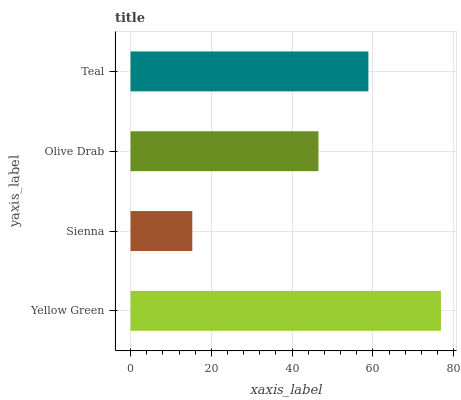
| yaxis_label | bars |
 | --- | --- |
 | Yellow Green | 76.8 |
 | Sienna | 15.3 |
 | Olive Drab | 46.5 |
 | Teal | 58.9 |